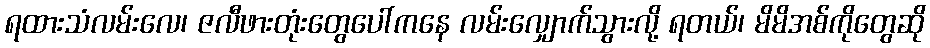
ရထားသံလမ်းလေ၊ ဇလီဖားတုံးတွေပေါ်ကနေ လမ်းလျှောက်သွားလို့ ရတယ်၊ မိမိအစ်ကိုတွေဆို